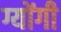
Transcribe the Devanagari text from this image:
ग्योंगी